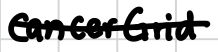
Text: CancerGrid
Cross-out: single-line
Writing tool: digital_black